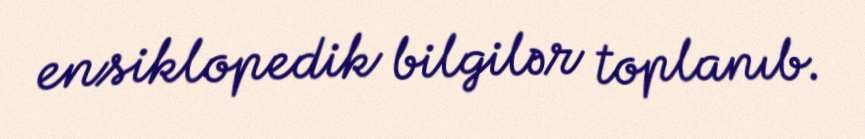
ensiklopedik bilgilər toplanıb.